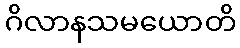
ဂိလာနသမယောတိ